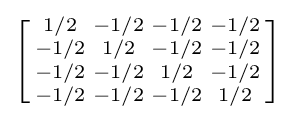
\left[{\begin{smallmatrix}1/2&-1/2&-1/2&-1/2\\-1/2&1/2&-1/2&-1/2\\-1/2&-1/2&1/2&-1/2\\-1/2&-1/2&-1/2&1/2\\\end{smallmatrix}}\right]